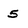
Character: 5